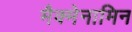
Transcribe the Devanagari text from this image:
मैक्मेनामिन